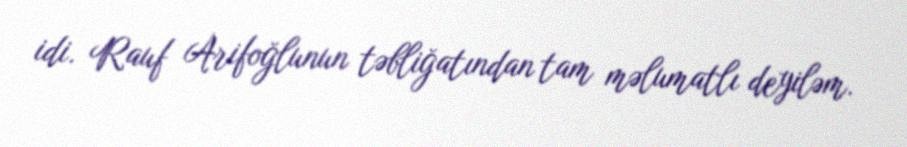
idi. Rauf Arifoğlunun təbliğatından tam məlumatlı deyiləm.